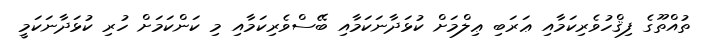
ތުއްތޫގެ ފިޤްހުވެރިކަަމާއި ޢަރަބި ޢިލްމަށް ކުޅަދާނަކަމާއި ބޭސްވެރިކަމާއި މި ކަންކަމަށް ހުރި ކުޅަދާނަކަމީ